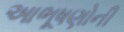
આભૂષણોની